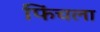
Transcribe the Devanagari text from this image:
फिंचला